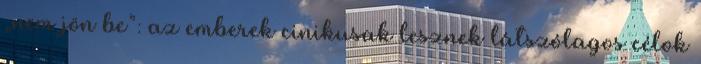
„nem jön be”: az emberek cinikusak lesznek látszólagos célok